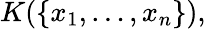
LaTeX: K(\{ x_{1},\ldots,x_{n}\} ),